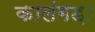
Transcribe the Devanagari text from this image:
कालंगड़ा